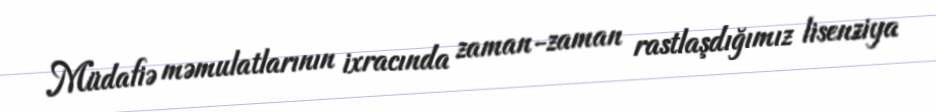
Müdafiə məmulatlarının ixracında zaman-zaman rastlaşdığımız lisenziya